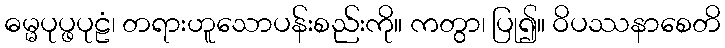
ဓမ္မပုပ္ဖပုဠံ၊ တရားဟူသောပန်းစည်းကို။ ကတွာ၊ ပြု၍။ ဝိပဿနာစေတိ